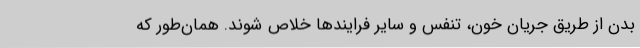
بدن از طریق جریان خون، تنفس و سایر فرایندها خلاص شوند. همان‌طور که